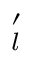
\mathbf \Lambda _ { l } ^ { \prime }